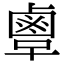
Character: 𪉞